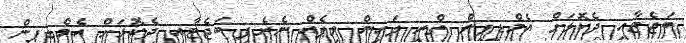
ބަޖެޓާއި ދެކޮޅަށް އެމްޑީޕީން ތްރީ ލައިން ވިޕެއް ނެރެފި ބަޖެޓާއި ދެކޮޅަށް އެމްޑީޕީން